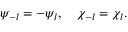
\psi _ { - l } = - \psi _ { l } , \quad \chi _ { - l } = \chi _ { l } .